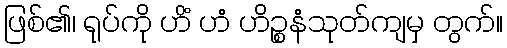
ဖြစ်၏၊ ရုပ်ကို ဟိံ ဟံ ဟိဉ္စနံသုတ်ကျမှ တွက်။